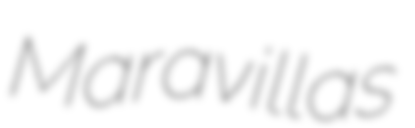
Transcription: Maravillas